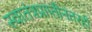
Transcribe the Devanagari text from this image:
स्वातंत्रप्राप्तीनंतरही